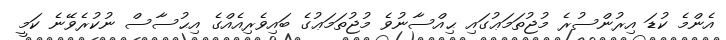
އެންމެ ކުޑަ އިރުންސުރެ މުޖުތަމަޢުގައި ޙިއްސާނުވެ މުޖުތަމަޢުގެ ބައިވެރިއެއްގެ އިޙުސާސް ނުކުރެވޭނެ ކަމީ